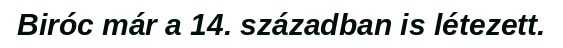
Biróc már a 14. században is létezett.